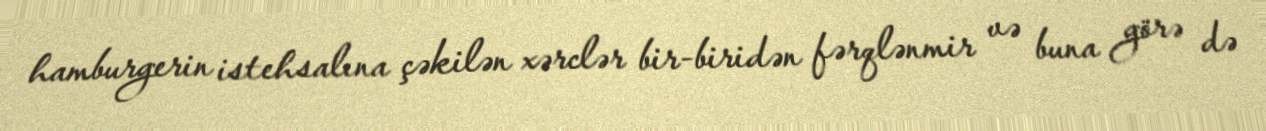
hamburgerin istehsalına çəkilən xərclər bir-biridən fərqlənmir və buna görə də